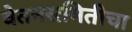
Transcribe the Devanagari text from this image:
वेतनसमितीचा